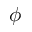
\phi